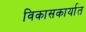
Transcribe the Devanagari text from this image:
विकासकार्यात